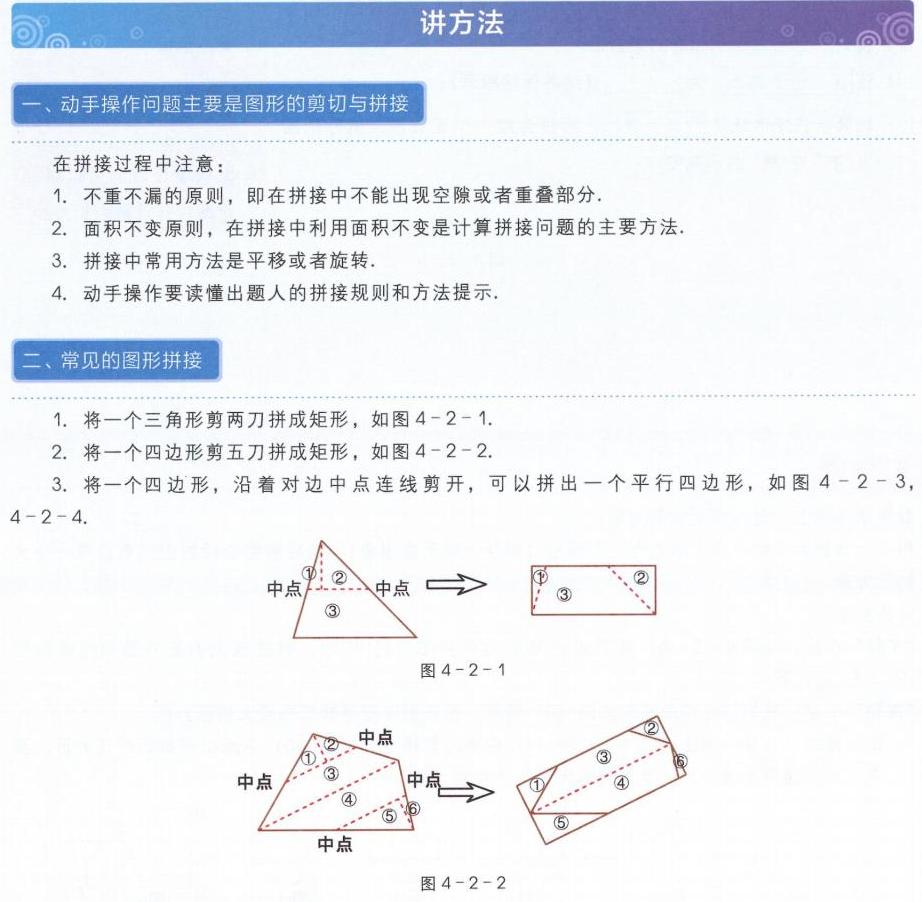
### 讲方法
#### 一、动手操作问题主要是图形的剪切与拼接
在拼接过程中注意：
1. 不重不漏的原则，即在拼接中不能出现空隙或者重叠部分.
2. 面积不变原则，在拼接中利用面积不变是计算拼接问题的主要方法.
3. 拼接中常用方法是平移或者旋转.
4. 动手操作要读懂出题人的拼接规则和方法提示.

#### 二、常见的图形拼接
1. 将一个三角形剪两刀拼成矩形，如图4 - 2 - 1.
2. 将一个四边形剪五刀拼成矩形，如图4 - 2 - 2.
3. 将一个四边形，沿着对边中点连线剪开，可以拼出一个平行四边形，如图4 - 2 - 3，4 - 2 - 4.

![图4 - 2 - 1](图中三角形标有中点，\textcircled{1}\textcircled{2}\textcircled{3}，经箭头指向一个矩形，矩形中有\textcircled{1}\textcircled{2}\textcircled{3}的对应位置)
图4 - 2 - 1

![图4 - 2 - 2](图中四边形标有多个中点以及\textcircled{1}\textcircled{2}\textcircled{3}\textcircled{4}\textcircled{5}\textcircled{6}，经箭头指向一个矩形，矩形中有\textcircled{1}\textcircled{2}\textcircled{3}\textcircled{4}\textcircled{5}\textcircled{6}的对应位置)
图4 - 2 - 2